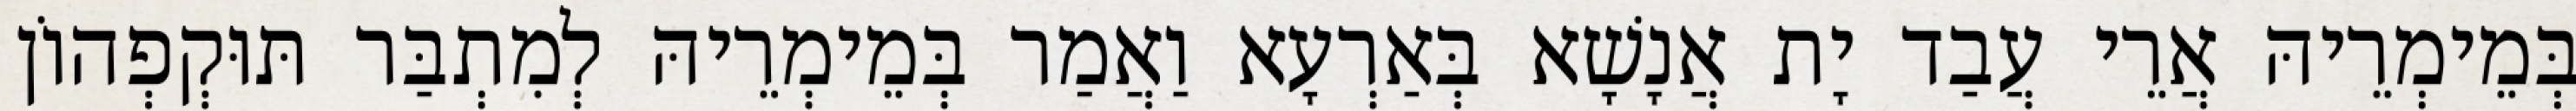
בְּמֵימְרֵיהּ אֲרֵי עֲבַד יָת אֲנָשָׁא בְּאַרְעָא וַאֲמַר בְּמֵימְרֵיהּ לְמִתְבַּר תּוּקְפְהוֹן